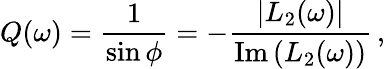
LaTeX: Q(\omega)=\frac{1}{\sin\phi}=-\frac{|L_{2}(\omega)|}{\mathrm{Im}\, (L_{2}(\omega))}\, ,